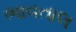
ભાવતાલ